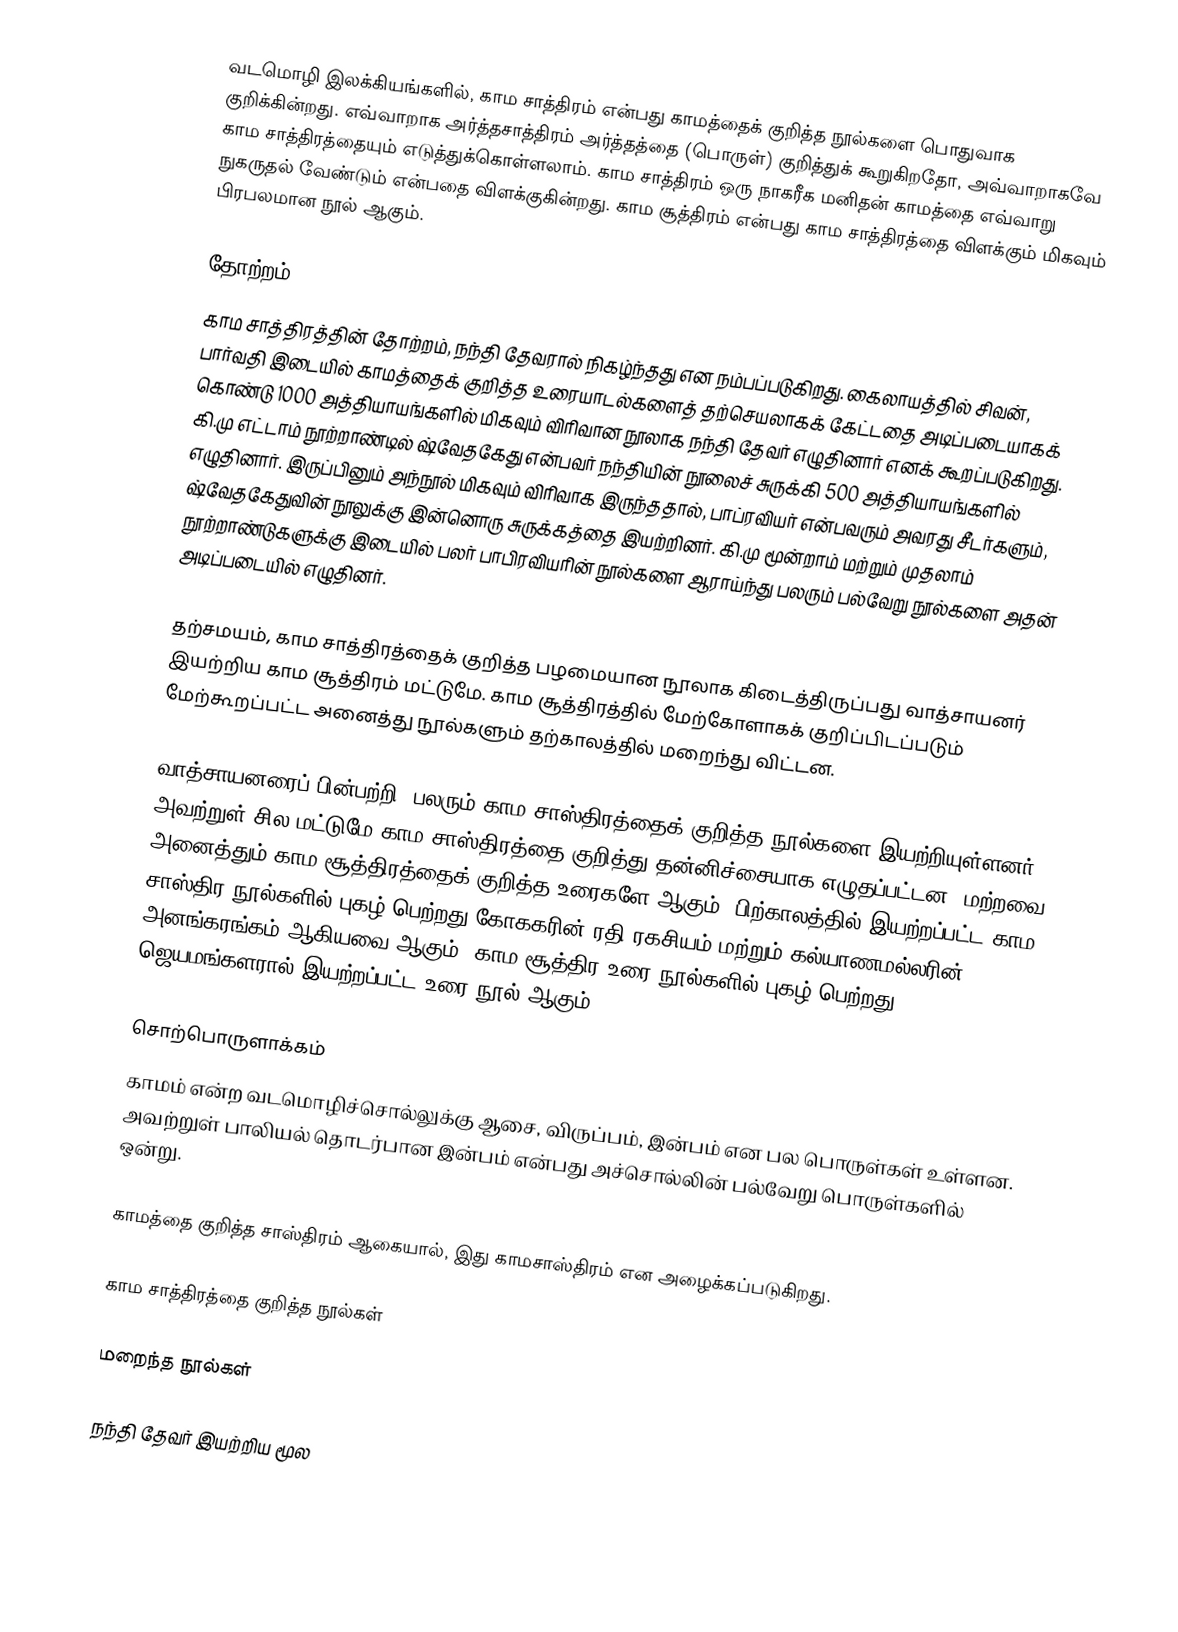
வடமொழி இலக்கியங்களில், காம சாத்திரம் என்பது காமத்தைக் குறித்த நூல்களை பொதுவாக குறிக்கின்றது. எவ்வாறாக அர்த்தசாத்திரம் அர்த்தத்தை (பொருள்) குறித்துக் கூறுகிறதோ, அவ்வாறாகவே காம சாத்திரத்தையும் எடுத்துக்கொள்ளலாம். காம சாத்திரம் ஒரு நாகரீக மனிதன் காமத்தை எவ்வாறு நுகருதல் வேண்டும் என்பதை விளக்குகின்றது. காம சூத்திரம் என்பது காம சாத்திரத்தை விளக்கும் மிகவும் பிரபலமான நூல் ஆகும்.

தோற்றம்
காம சாத்திரத்தின் தோற்றம், நந்தி தேவரால் நிகழ்ந்தது என நம்பப்படுகிறது. கைலாயத்தில் சிவன், பார்வதி இடையில் காமத்தைக் குறித்த உரையாடல்களைத் தற்செயலாகக் கேட்டதை அடிப்படையாகக் கொண்டு 1000 அத்தியாயங்களில் மிகவும் விரிவான நூலாக நந்தி தேவர் எழுதினார் எனக் கூறப்படுகிறது. கி.மு எட்டாம் நூற்றாண்டில் ஷ்வேதகேது என்பவர் நந்தியின் நூலைச் சுருக்கி 500 அத்தியாயங்களில் எழுதினார். இருப்பினும் அந்நூல் மிகவும் விரிவாக இருந்ததால், பாப்ரவியர் என்பவரும் அவரது சீடர்களும், ஷ்வேதகேதுவின் நூலுக்கு இன்னொரு சுருக்கத்தை இயற்றினர். கி.மு மூன்றாம் மற்றும் முதலாம் நூற்றாண்டுகளுக்கு இடையில் பலர் பாபிரவியரின் நூல்களை ஆராய்ந்து பலரும் பல்வேறு நூல்களை அதன் அடிப்படையில் எழுதினர்.

தற்சமயம், காம சாத்திரத்தைக் குறித்த பழமையான நூலாக கிடைத்திருப்பது வாத்சாயனர் இயற்றிய காம சூத்திரம் மட்டுமே. காம சூத்திரத்தில் மேற்கோளாகக் குறிப்பிடப்படும் மேற்கூறப்பட்ட அனைத்து நூல்களும் தற்காலத்தில் மறைந்து விட்டன.

வாத்சாயனரைப் பின்பற்றி, பலரும் காம சாஸ்திரத்தைக் குறித்த நூல்களை இயற்றியுள்ளனர். அவற்றுள் சில மட்டுமே காம சாஸ்திரத்தை குறித்து தன்னிச்சையாக எழுதப்பட்டன, மற்றவை அனைத்தும் காம சூத்திரத்தைக் குறித்த உரைகளே ஆகும். பிற்காலத்தில் இயற்றப்பட்ட காம சாஸ்திர நூல்களில் புகழ் பெற்றது கோககரின் ரதி ரகசியம் மற்றும் கல்யாணமல்லரின் அனங்கரங்கம் ஆகியவை ஆகும். காம சூத்திர உரை நூல்களில் புகழ் பெற்றது, ஜெயமங்களரால் இயற்றப்பட்ட உரை நூல் ஆகும்.

சொற்பொருளாக்கம்
காமம் என்ற வடமொழிச்சொல்லுக்கு ஆசை, விருப்பம், இன்பம் என பல பொருள்கள் உள்ளன. அவற்றுள் பாலியல் தொடர்பான இன்பம் என்பது அச்சொல்லின் பல்வேறு பொருள்களில் ஒன்று.

காமத்தை குறித்த சாஸ்திரம் ஆகையால், இது காமசாஸ்திரம் என அழைக்கப்படுகிறது.

காம சாத்திரத்தை குறித்த நூல்கள்

மறைந்த நூல்கள்

 நந்தி தேவர் இயற்றிய மூல